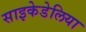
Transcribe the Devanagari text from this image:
साइकेडेलिया